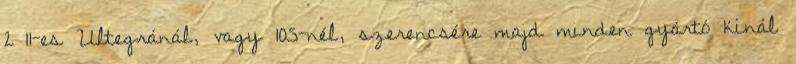
2×11-es Ultegránál, vagy 105-nél, szerencsére majd minden gyártó kínál